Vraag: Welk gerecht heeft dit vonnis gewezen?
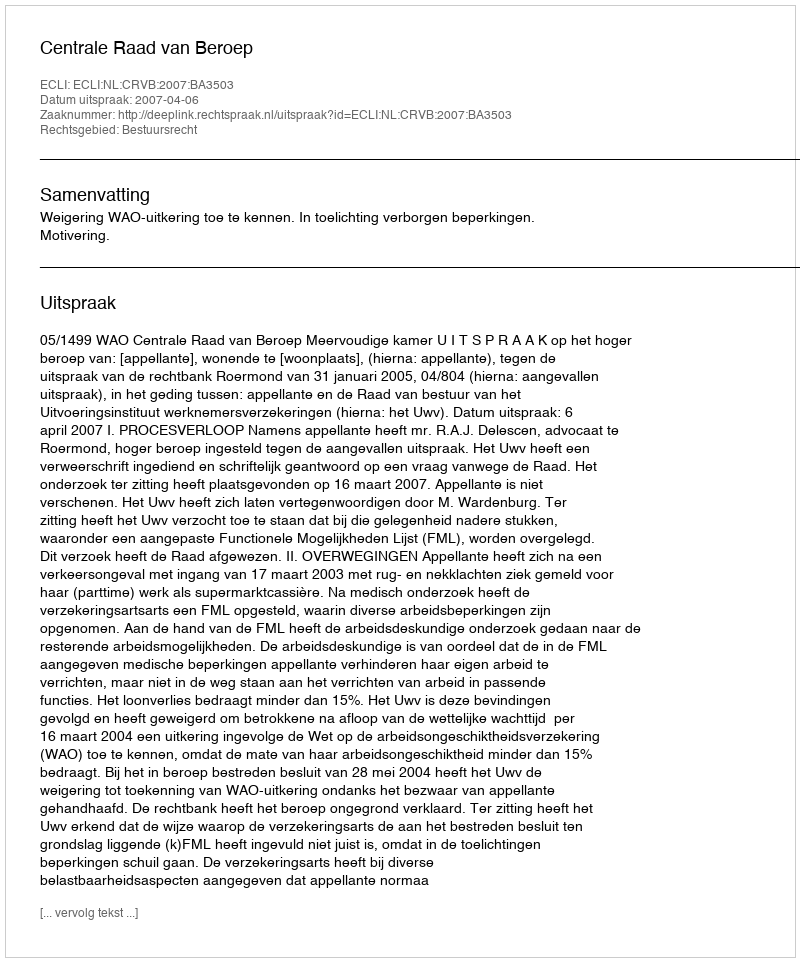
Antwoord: Centrale Raad van Beroep